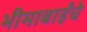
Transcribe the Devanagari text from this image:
भीमाबाईंचे